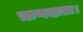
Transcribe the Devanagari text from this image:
ऋणदाता।